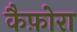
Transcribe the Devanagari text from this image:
कैफ़ोरा